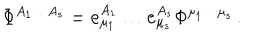
\Phi ^ { A _ { 1 } \ldots A _ { s } } = { \bf e } _ { \mu _ { 1 } } ^ { A _ { 1 } } \ldots { \bf e } _ { \mu _ { s } } ^ { A _ { s } } \Phi ^ { \mu _ { 1 } \ldots \mu _ { s } } \, .